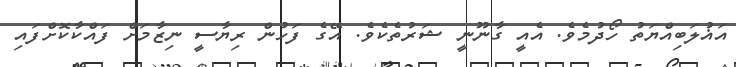
އަޣުލަބިއްޔަތު ހޯދުމެވެ. އެއީ ގާނޫނީ ޝަރުތެކެވެ. އޭގެ ފަހުން ރިޔާސީ ނިޒާމަށް ފައްކާކޮށްފައި